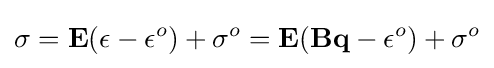
\mathbf {\sigma } =\mathbf {E} (\mathbf {\epsilon } -\mathbf {\epsilon } ^{o})+\mathbf {\sigma } ^{o}=\mathbf {E} (\mathbf {Bq} -\mathbf {\epsilon } ^{o})+\mathbf {\sigma } ^{o}